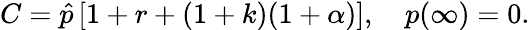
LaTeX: C=\hat{p}\, [1+r+(1+k)(1+\alpha)],\quad p(\infty)=0.